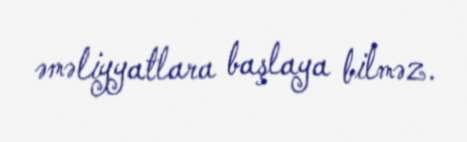
əməliyyatlara başlaya bilməz.